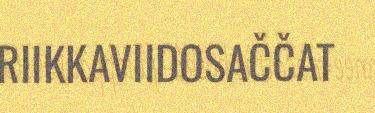
RIIKKAVIIDOSAČČAT